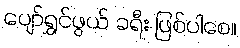
ပျော်ရွှင်ဖွယ် ခရီး ဖြစ်ပါစေ။